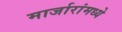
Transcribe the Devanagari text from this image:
मार्जारांमध्ये